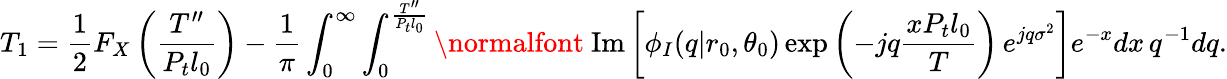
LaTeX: T_{1}=\frac{1}{2}F_{X}\left(\frac{T^{\prime\prime}}{P_{t}l_{0}}\right)-\frac{1}{\pi}\int_{0}^{\infty}\int_{0}^{\frac{T^{\prime\prime}}{P_{t}l_{0}}}\mathrm{\normalfont~Im}\left[\phi_{I}(q|r_{0},\theta_{0})\exp\left(-jq\frac{xP_{t}l_{0}}{T}\right)\, e^{jq\sigma^{2}}\right]e^{-x}dx\, q^{-1}dq.